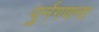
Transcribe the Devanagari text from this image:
पुर्नगणना